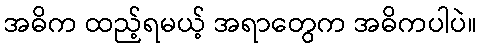
အဓိက ထည့်ရမယ့် အရာတွေက အဓိကပါပဲ။